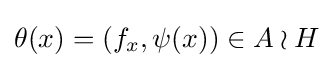
\theta (x)=(f_{x},\psi (x))\in A\wr H